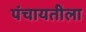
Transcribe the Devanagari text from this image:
पंचायतीला